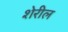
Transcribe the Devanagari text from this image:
शेरील